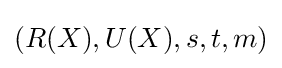
(R(X),U(X),s,t,m)